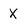
Character: X